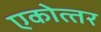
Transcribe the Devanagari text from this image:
एकोत्‍तर